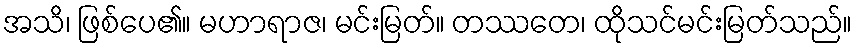
အသိ၊ ဖြစ်ပေ၏။ မဟာရာဇ၊ မင်းမြတ်။ တဿတေ၊ ထိုသင်မင်းမြတ်သည်။